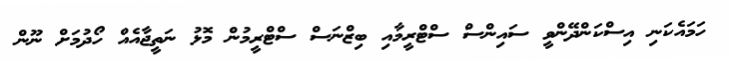
ހަމައެކަނި އިސްކަންދޭންވީ ސައިންސް ސްޓްރީމާއި ބިޒްނަސް ސްޓްރީމުން މޮޅު ނަތީޖާއެއް ހޯދުމަށް ނޫން